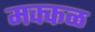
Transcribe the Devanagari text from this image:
मक्कळ